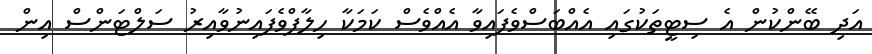
އަދި ބޭންކުން އެ ސިޓީތަކުގައި އެއްބަސްވެފައިވާ އެއްވެސް ކަމަކާ ހިލާފްވެފައިނުވާއިރު ސަލްޓަންސް އިން